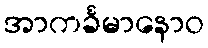
အာကင်္ခမာနောဝ